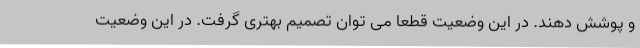
و پوشش دهند. در این وضعیت قطعا می توان تصمیم بهتری گرفت. در این وضعیت